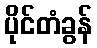
ပိုင်တံခွန်